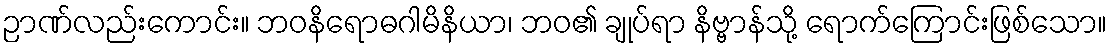
ဉာဏ်လည်းကောင်း။ ဘဝနိရောဓဂါမိနိယာ၊ ဘဝ၏ ချုပ်ရာ နိဗ္ဗာန်သို့ ရောက်ကြောင်းဖြစ်သော။